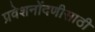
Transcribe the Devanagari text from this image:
प्रवेशनोंदणीसाठी